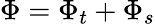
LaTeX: \Phi=\Phi_{t}+\Phi_{s}